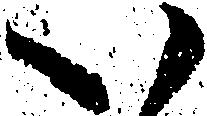
い